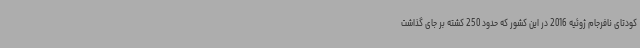
کودتای نافرجام ژوئیه 2016 در این کشور که حدود 250 کشته بر جای گذاشت